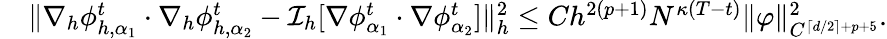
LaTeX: \begin{array}{rl}&{\| \nabla_{h}\phi_{h,\alpha_{1}}^{t}\cdot\nabla_{h}\phi_{h,\alpha_{2}}^{t}-\mathcal{I}_{h}[\nabla\phi_{\alpha_{1}}^{t}\cdot\nabla\phi_{\alpha_{2}}^{t}]\| _{h}^{2}\leq Ch^{2(p+1)}N^{\kappa(T-t)}\| \varphi\| _{C^{\lceil d/2\rceil+p+5}}^{2}.}\end{array}